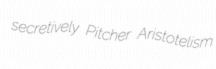
secretively Pitcher Aristotelism